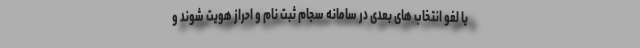
یا لغو انتخاب های بعدی در سامانه سجام ثبت نام و احراز هویت شوند و